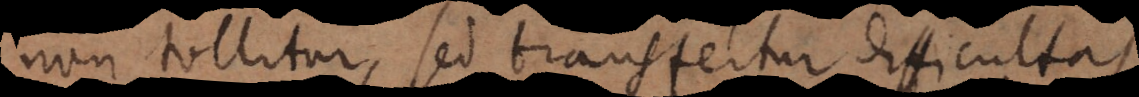
non tollitur, sed transfertur difficultas.